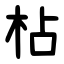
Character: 枮